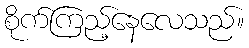
စိုက်ကြည့်နေလေသည်။